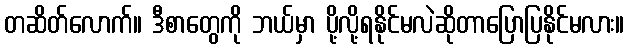
တဆိတ်လောက်။ ဒီစာတွေကို ဘယ်မှာ ပို့လို့ရနိုင်မလဲဆိုတာပြောပြနိုင်မလား။